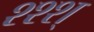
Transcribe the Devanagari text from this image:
श्श्श्